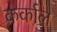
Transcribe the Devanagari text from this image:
कर्काल